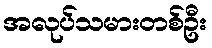
အလုပ်သမားတစ်ဦး